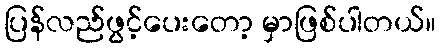
ပြန်လည်ဖွင့်ပေးတော့ မှာဖြစ်ပါတယ်။